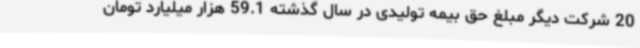
20 شرکت دیگر مبلغ حق بیمه تولیدی در سال گذشته 59.1 هزار میلیارد تومان